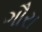
ગૌરા